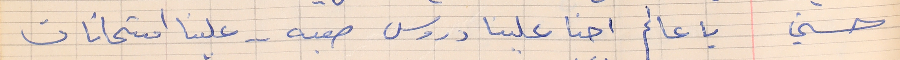
حسني      يا عالم احنا علينا درويس صعبه . . علينا امتحانات